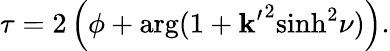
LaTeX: \tau=2\left(\phi+\arg(1+{\mathbf{k}^{\prime}}^{2}{\sinh}^{2}\nu)\right).